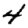
Digit: 4